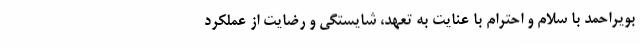
بویراحمد با سلام و احترام با عنایت به تعهد، شایستگی و رضایت از عملکرد